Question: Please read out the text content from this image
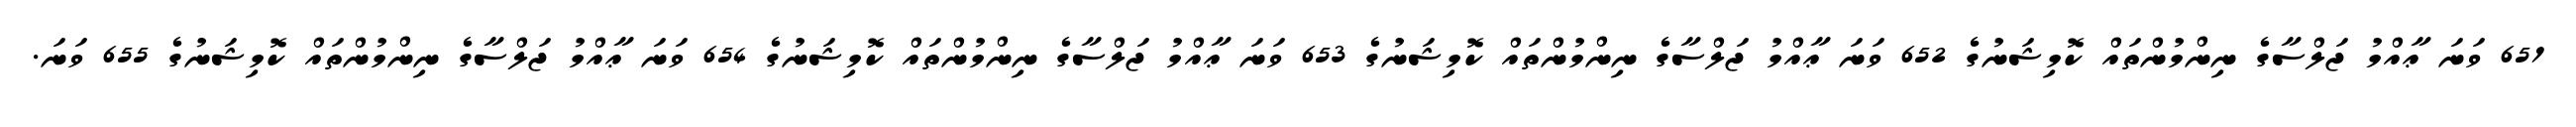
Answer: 651 ވަނަ ޢާއްމު ޖަލްސާގެ ނިންމުންތައް ކޮމިޝަނުގެ 652 ވަނަ ޢާއްމު ޖަލްސާގެ ނިންމުންތައް ކޮމިޝަނުގެ 653 ވަނަ ޢާއްމު ޖަލްސާގެ ނިންމުންތައް ކޮމިޝަނުގެ 654 ވަނަ ޢާއްމު ޖަލްސާގެ ނިންމުންތައް ކޮމިޝަނުގެ 655 ވަނަ.